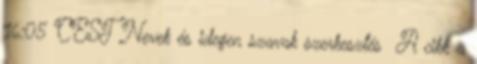
16:05 CEST Nevek és idegen szavak szerkesztés A cikk a